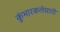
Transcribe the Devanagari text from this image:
कुंभारकलेसाठी